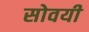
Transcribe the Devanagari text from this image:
सोवयी